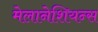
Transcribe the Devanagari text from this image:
मेलानेशियन्स